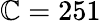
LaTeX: \mathbb{C}=251